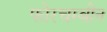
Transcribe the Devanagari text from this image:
फोरचम्बीन